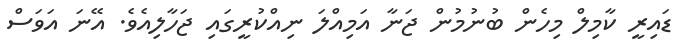
ޑައިރީ ކާމިލް މިހެން ބުނުމުން ޖަނާ އަމިއްލަ ނިއްކުރީގައި ޖަހާލިއެވެ. އޭނަ އަވަސް